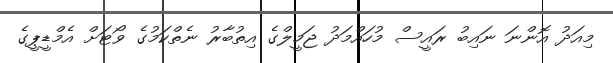
މިއަދު އޮންނަ ނައިބު ރައީސް މުހައްމަދު ޖަމީލްގެ އިތުބާރު ނެތްކަމުގެ ވޯޓަށް އެމްޑީޕީގެ